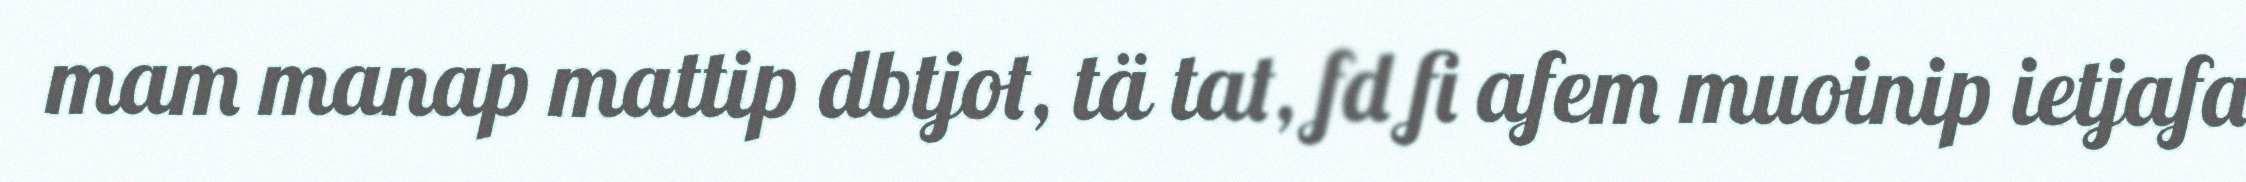
mam manap mattip dbtjot, tä tat, fd fi afem muoinip ietjafa